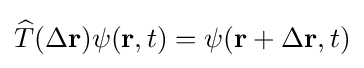
{\widehat {T}}(\Delta \mathbf {r} )\psi (\mathbf {r} ,t)=\psi (\mathbf {r} +\Delta \mathbf {r} ,t)